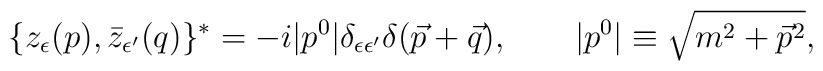
\{ z_\epsilon(p) , \bar{z}_{\epsilon^\prime}(q) \}^*= - i |p^0| \delta_{\epsilon\epsilon^\prime}\delta(\vec{p} + \vec{q}), \qquad|p^0| \equiv \sqrt{m^2 + \vec{p}^2},